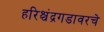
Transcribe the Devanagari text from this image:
हरिश्चंद्रगडावरचे